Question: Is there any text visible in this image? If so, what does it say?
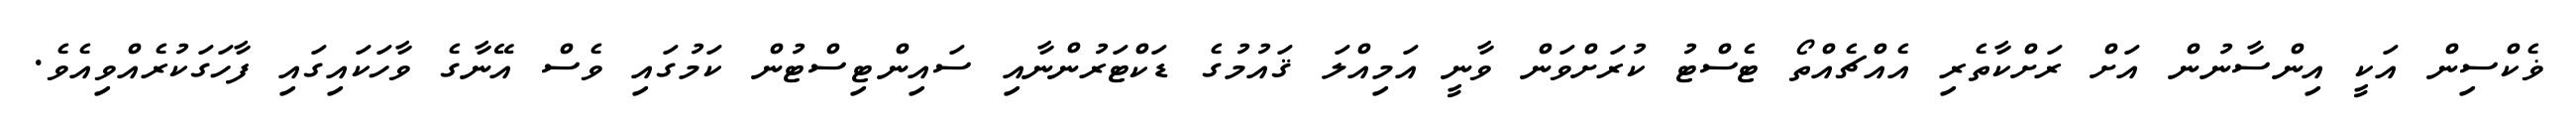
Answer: ޥެކްސިން އަކީ އިންސާނުން އަށް ރަށްކާތެރި އެއްޗެއްތޯ ޓެސްޓު ކުރަށްވަން ވާނީ އަމިއްލަ ޤައުމުގެ ޑަކްޓަރުންނާއި ސައިންޓިސްޓުން ކަމުގައި ވެސް އޭނާގެ ވާހަކައިގައި ފާހަގަކުރެއްވިއެވެ.